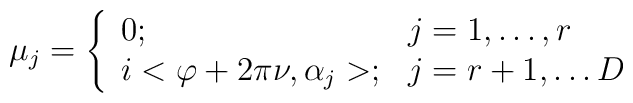
\mu_j=\left\{\begin{array}{ll}0;&j=1,\ldots,r\\i<\varphi+2\pi\nu,\alpha_j>;&j=r+1,\ldots D\end{array}\right.